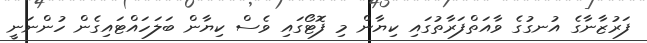
ފަރުޒާނާގެ އުނގުގެ ވާއަތްފަރާތުގައި ކިޔާން މި ފޮޓޯގައި ވެސް ކިޔާން ބަލަހައްޓައިގެން ހުންނަނީ